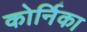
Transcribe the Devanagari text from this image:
कोर्निका